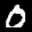
Label: 0